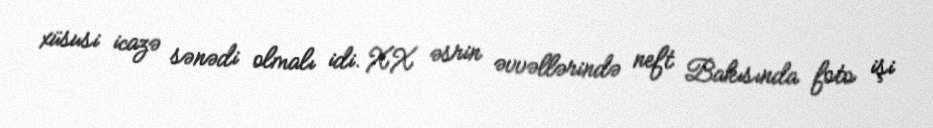
xüsusi icazə sənədi olmalı idi. XX əsrin əvvəllərində neft Bakısında foto işi